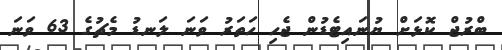
ބްރުޖް ކޮޅަށް ޔުނައިޓެޑުން ޖެހި ހަތަރު ވަނަ ލަނޑު މެޗުގެ 63 ވަނަ